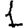
Digit: 1